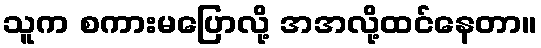
သူက စကားမပြောလို့ အအလို့ထင်နေတာ။